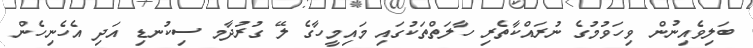
ބަލިވެއިނުން ވިހަވުމުގެ ނުރައްކާތެރި ހާލަތްތަކުގައި މައިމީހާގެ ލޭ ގުރުދާމ ސިކުނޑި އަދި އެހެނިހެން